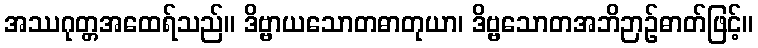
အဿဂုတ္တအထေရ်သည်။ ဒိဗ္ဗာယသောတဓာတုယာ၊ ဒိဗ္ဗသောတအဘိဉာဉ်ဓာတ်ဖြင့်။